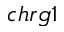
c h r g 1